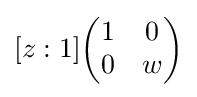
[z:1]{\begin{pmatrix}1&0\\0&w\end{pmatrix}}